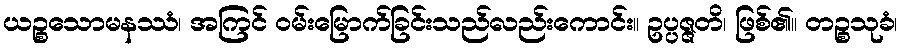
ယဉ္စသောမနဿံ၊ အကြင် ဝမ်းမြောက်ခြင်းသည်လည်းကောင်း။ ဥပ္ပဇ္ဇတိ၊ ဖြစ်၏။ တဉ္စသုခံ၊